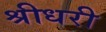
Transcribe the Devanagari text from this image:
श्रीधरी